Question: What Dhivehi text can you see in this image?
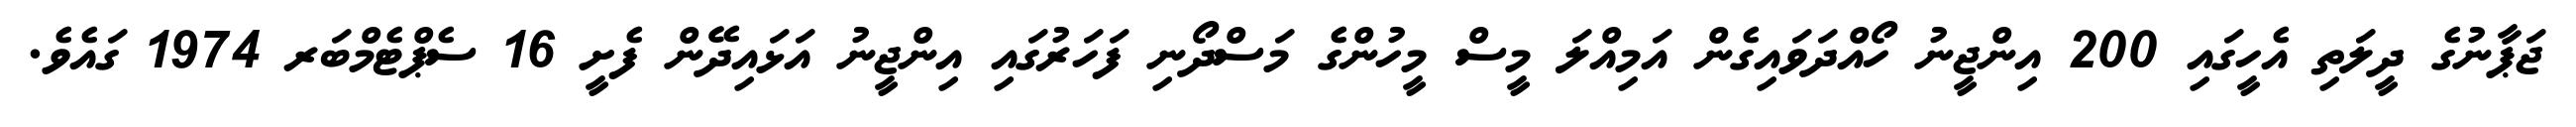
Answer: ޖަޕާނުގެ ދީލަތި އެހީގައި 200 އިންޖީނު ހޯއްދަވައިގެން އަމިއްލަ މީސް މީހުންގެ މަސްދޯނި ފަހަރުގައި އިންޖީނު އަޅައިދޭން ފެށީ 16 ސެޕްޓެމްބަރ 1974 ގައެވެ.